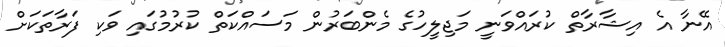
އޭނާ އެ އިޝާރާތް ކުރައްވަނީ މަޖިލީހުގެ މެންބަރުން މަސައްކަތް ކުރުމުގައި ވަކި ފަރާތަކަށް